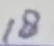
Text: 18